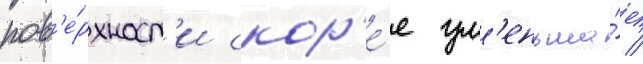
пов'е́рхност'и скор'е́е ум'еньша́ет /